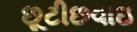
છૂટીછવાઇ